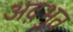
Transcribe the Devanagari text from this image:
अद़भुत